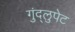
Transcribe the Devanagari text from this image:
गुंद्लुपेट